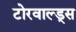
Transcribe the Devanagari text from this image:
टोरवाल्ड्स